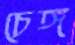
চেঙ্গ